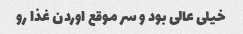
خیلی عالی بود و سر موقع اوردن غذا رو